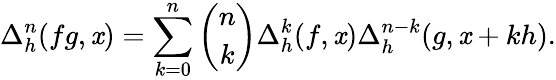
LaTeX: \Delta_{h}^{n}(fg,\mathit{x})=\sum_{k=0}^{n}{\binom{n}{k}}\Delta_{h}^{k}(f,\mathit{x})\Delta_{h}^{n-k}(g,\mathit{x}+kh).